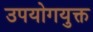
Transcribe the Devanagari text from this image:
उपयोगयुक्त